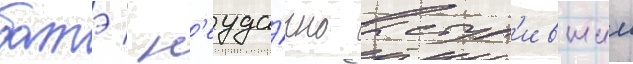
батэ / н'еуда́чно выступ'ившии